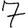
Digit: 7